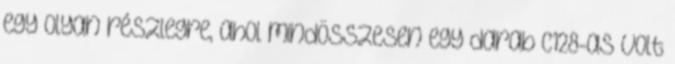
egy olyan részlegre, ahol mindösszesen egy darab C128-as volt